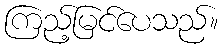
ကြည့်မြင်ပေသည်။